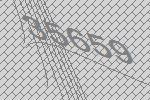
35659